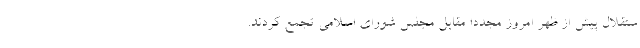
ستقلال پیش از ظهر امروز مجددا مقابل مجلس شورای اسلامی تجمع کردند.